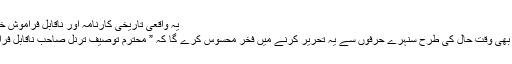
یہ واقعی تاریخی کارنامہ اور ناقابلِ فراموش خدمتِ اردو ادب ہےـ
جسے وقتِ مستقبل بھی وقتِ حال کی طرح سنہرے حرفوں سے یہ تحریر کرنے میں فخر محسوس کرے گا کہ ” محترم توصیف ترنل صاحب ناقابلِ فراموش شخصیت ہیں۔